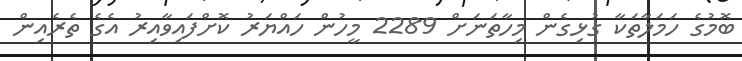
ބޮމުގެ ހަމަލާތަކާ ގުޅިގެން މިހާތަނަށް 2289 މީހުން ހައްޔަރު ކޮށްފައިވާއިރު އެގެ ތެރެއިން